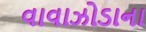
વાવાઝોડાના